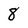
Character: 8